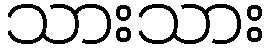
သားသား